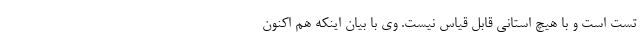
تست است و با هیچ استانی قابل قیاس نیست. وی با بیان اینکه هم اکنون